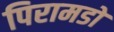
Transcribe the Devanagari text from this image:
पिरामडों